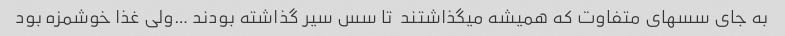
به جای سسهای متفاوت که همیشه میگذاشتند  تا سس سیر گذاشته بودند …ولی غذا خوشمزه بود